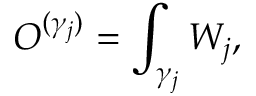
{ \cal O } ^ { ( \gamma _ { j } ) } = \int _ { \gamma _ { j } } W _ { j } ,